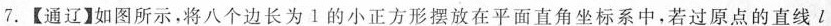
7.【通辽】如图所示，将八个边长为1的小正方形摆放在平面直角坐标系中，若过原点的直线l